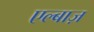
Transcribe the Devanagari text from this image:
एल्बाज़